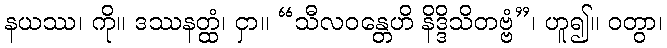
နယဿ၊ ကို။ ဒဿနတ္ထံ၊ ငှာ။ “သီလဝန္တေဟိ နိဒ္ဒိသိတဗ္ဗံ”၊ ဟူ၍။ ဝတွာ၊